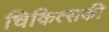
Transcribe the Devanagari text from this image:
चिकित्सकी